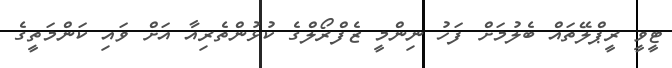
ޓީވީ ރީޕްލޭތައް ބެލުމަށް ފަހު ނިންމީ ޒެފްރޯލްގެ ކުޅުންތެރިއާ އަށް ވައި ކަންމަތީގެ